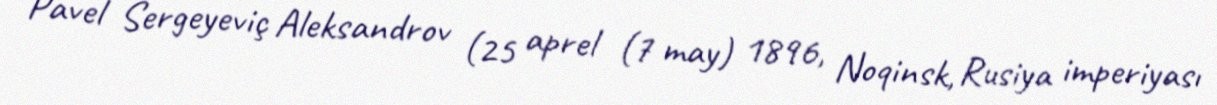
Pavel Sergeyeviç Aleksandrov (25 aprel (7 may) 1896, Noqinsk, Rusiya imperiyası